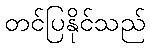
တင်ပြနိုင်သည်